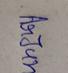
Signature authenticity: genuine